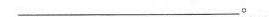
___________________________________。